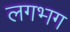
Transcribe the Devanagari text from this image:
लगभ्‍ाग